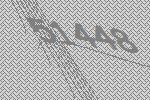
51448